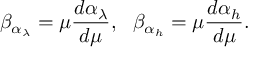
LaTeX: \beta _ { \alpha _ { \lambda } } = \mu \frac { d \alpha _ { \lambda } } { d \mu } , ~ ~ \beta _ { \alpha _ { h } } = \mu \frac { d \alpha _ { h } } { d \mu } .